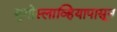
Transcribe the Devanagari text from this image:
युगोस्लाव्हियापासून